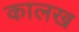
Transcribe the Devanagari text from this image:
कालख